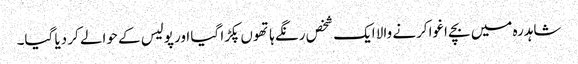
شاہدرہ میں بچے اغوا کرنے والا ایک شخص رنگے ہاتھوں پکڑا گیا اور پولیس کے حوالے کر دیا گیا۔